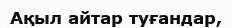
Ақыл айтар туғандар,